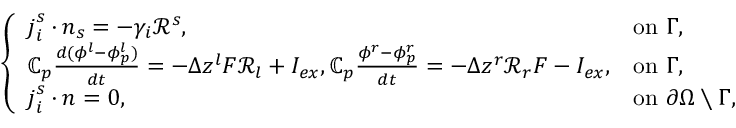
\left\{ \begin{array} { l l } { \boldsymbol { j } _ { i } ^ { s } \cdot \boldsymbol { n } _ { s } = - \gamma _ { i } \mathcal { R } ^ { s } , } & { \mathrm { o n ~ } \Gamma , } \\ { \mathbb { C } _ { p } \frac { d ( \phi ^ { l } - \phi _ { p } ^ { l } ) } { d t } = - \Delta z ^ { l } F \mathcal { R } _ { l } + I _ { e x } , \mathbb { C } _ { p } \frac { \phi ^ { r } - \phi _ { p } ^ { r } } { d t } = - \Delta z ^ { r } \mathcal { R } _ { r } F - I _ { e x } , } & { \mathrm { o n ~ } \Gamma , } \\ { \boldsymbol { j } _ { i } ^ { s } \cdot \boldsymbol { n } = 0 , ~ } & { \mathrm { o n ~ } \partial \Omega \setminus \Gamma , } \end{array} \right.